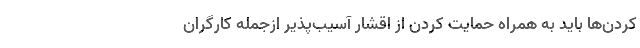
کردن‌ها باید به همراه حمایت کردن از اقشار آسیب‌پذیر ازجمله کارگران